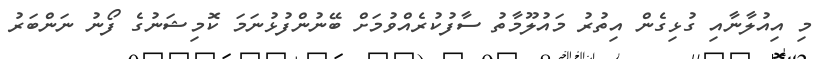
މި އިއުލާނާއި ގުޅިގެން އިތުރު މައުލޫމާތު ސާފުކުރެއްވުމަށް ބޭނުންފުޅުނަމަ ކޮމިޝަނުގެ ފޯނު ނަންބަރު